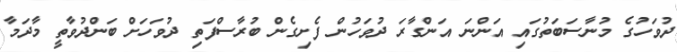
ދުވަހުގެ މުނާސަބަތުގައި އަންނަ އަންގާރަ ދުވަހުން ފެށިގެން ބުރާސްފަތި ދުވަހަށް ބަންދުވާތީ މާދަމާ